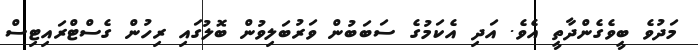
މަދުވެ ބީވެގެންދާތީ އެވެ. އަދި އެކަމުގެ ސަބަބުން ވަރުބަލިވުން ބޮލުގައި ރިހުން ގެސްޓްރައިޓިސް